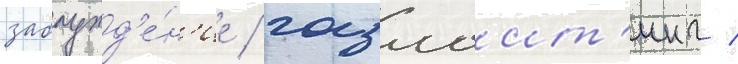
заблужд'е́н'ие / газлаит'инг /